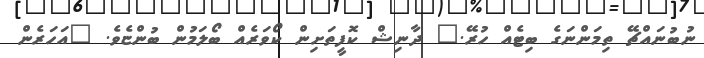
ނުބުނައްޗޭ ތިމަންނަގެ ބިޓެއް ހުރޭ." ދާނިޝް ކޮފީތަށިން ކޯވަރެއް ބޯލަމުން ބުންޏެވެ. "އަހަރެން